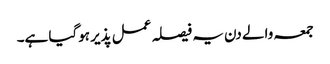
جمعہ والے دن یہ فیصلہ عمل پذیر ہوگیا ہے۔